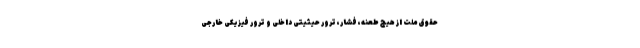
حقوق ملت از هیچ طعنه، فشار، ترور حیثیتی داخلی و ترور فیزیکی خارجی